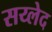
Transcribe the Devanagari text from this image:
सय्लेद